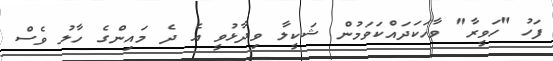
ފަހު "ހަވީރާ" ވާހަކަދައްކަވަމުން ޝަކީލާ ވިދާޅުވީ އެ ދެ މައިންގެ ހާލު ވެސް